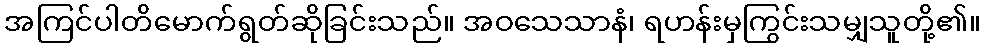
အကြင်ပါတိမောက်ရွတ်ဆိုခြင်းသည်။ အဝသေသာနံ၊ ရဟန်းမှကြွင်းသမျှသူတို့၏။